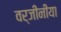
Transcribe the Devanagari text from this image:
वर्जीनीया